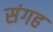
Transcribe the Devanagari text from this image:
संगह